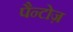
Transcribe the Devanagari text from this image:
पैन्टोज़